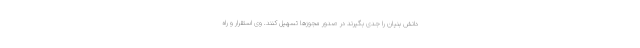
دانش بنیان را جدی بگیرند در صدور مجوزها تسهیل کنند. وی استقرار و راه